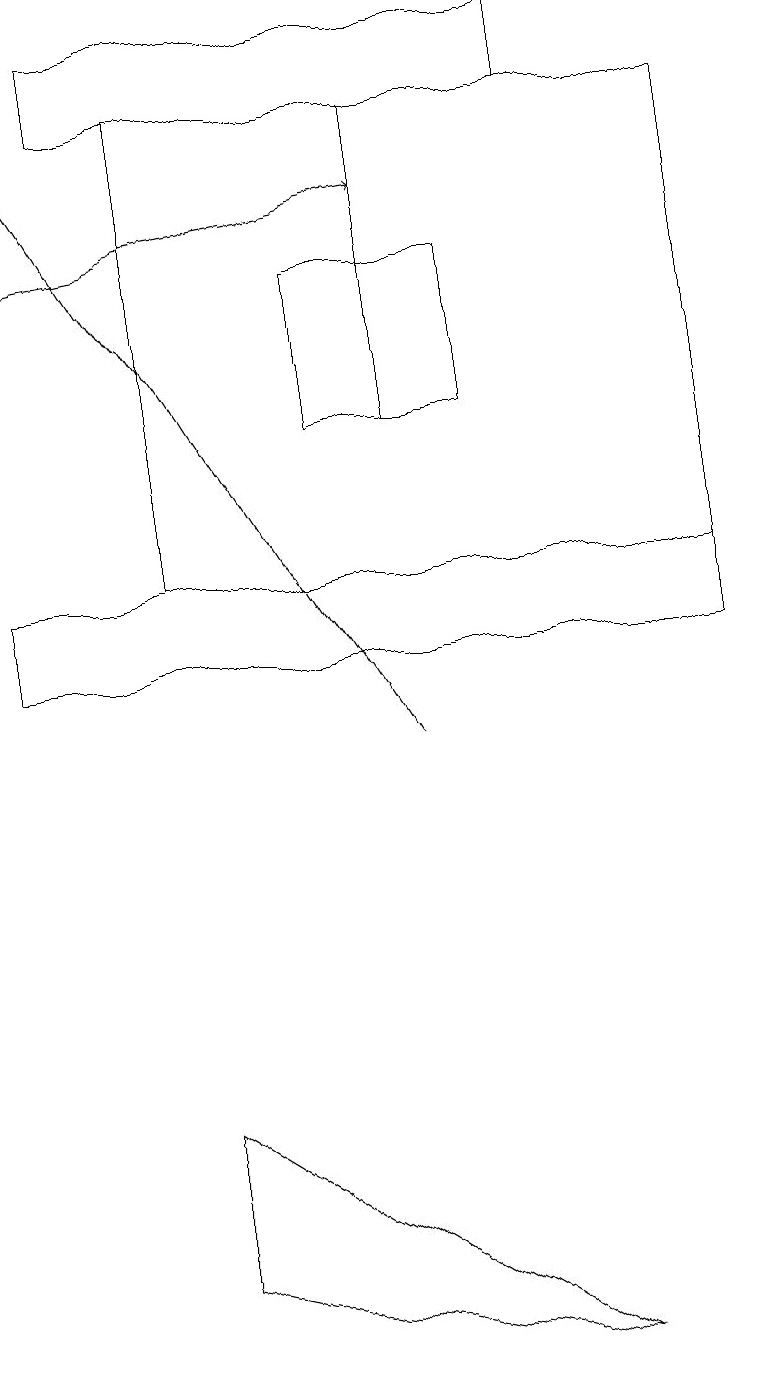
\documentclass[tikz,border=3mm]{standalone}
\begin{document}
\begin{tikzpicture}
\draw[->] (0,16) -- (5,17);
\draw (7,19) rectangle (1,18);
\draw (0,12) rectangle (9,11);
\draw (9,12) rectangle (2,18);
\draw (6,14) rectangle (4,16);
\draw (2,3) -- (7,2) -- (2,5) -- cycle;
\draw[->] (5,10) -- (0,18);
\draw (5,14) rectangle (5,18);
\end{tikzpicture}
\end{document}